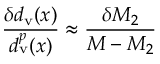
{ \frac { \delta d _ { \mathrm { v } } ( x ) } { d _ { \mathrm { v } } ^ { p } ( x ) } } \approx { \frac { \delta M _ { 2 } } { M - M _ { 2 } } }